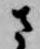
さ